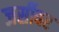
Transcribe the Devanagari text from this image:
जर्सीवर